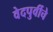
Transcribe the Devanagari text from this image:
वेदपुर्वीचे